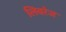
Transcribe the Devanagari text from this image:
लिवरेज